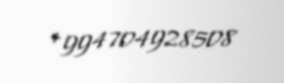
+994704928508